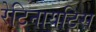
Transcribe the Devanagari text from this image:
रेटिनायटिस